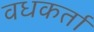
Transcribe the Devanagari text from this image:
वधकर्ता